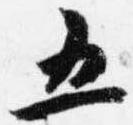
五